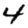
Digit: 4